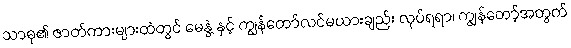
သာဓု၏ ဇာတ်ကားများထဲတွင် မေနွဲ့ နှင့် ကျွန်တော်လင်မယားချည်း လုပ်ရရာ၊ ကျွန်တော့်အတွက်